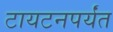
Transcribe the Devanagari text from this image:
टायटनपर्यंत